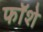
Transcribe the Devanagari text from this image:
फॉशे